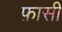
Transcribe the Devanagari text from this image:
फ़ासी